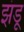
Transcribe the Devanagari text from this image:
झंडू